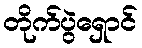
တိုက်ပွဲရှောင်